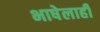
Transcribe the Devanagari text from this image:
भाषेलाही